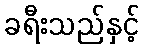
ခရီးသည်နှင့်